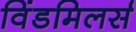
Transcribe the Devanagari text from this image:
विंडमिलर्स